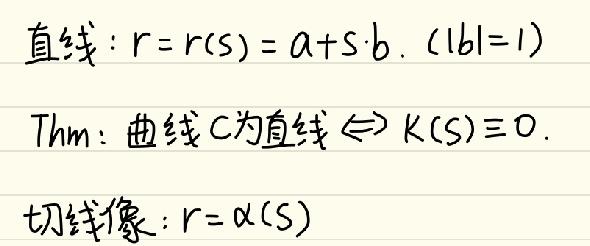
直线：$r = r(s)=a + s\cdot b$. ($|b| = 1$)
Thm：曲线C为直线$\Leftrightarrow \kappa(s)\equiv0$.
切线像：$r=\alpha(s)$